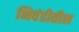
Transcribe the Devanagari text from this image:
भिवंडीतील